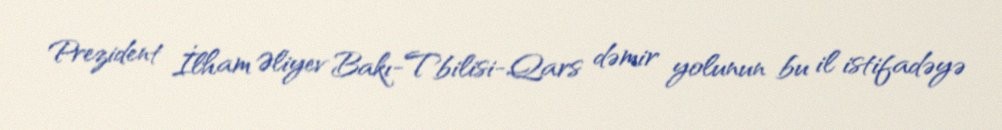
Prezident İlham Əliyev Bakı-Tbilisi-Qars dəmir yolunun bu il istifadəyə